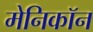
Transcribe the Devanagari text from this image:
मेनिकॉन